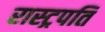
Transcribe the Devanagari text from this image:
रास्ट्रपति